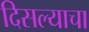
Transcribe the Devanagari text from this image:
दिसल्याचा